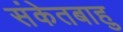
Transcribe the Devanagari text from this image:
संकेतबाहु